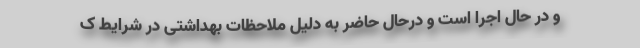
و در حال اجرا است و درحال حاضر به دلیل ملاحظات بهداشتی در شرایط ک